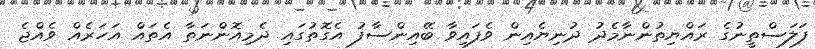
ފަލަސްތީނުގެ ރައްޔިތުންނާމެދު ދުނިޔެއިން ވެފައިވާ ބޭއިންސާފު އެގޮތުގައި ދެމިއޮންނަތާ އެތައް އަހަރެއް ވެއްޖެ